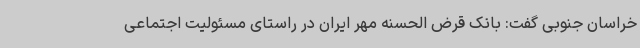
خراسان جنوبی گفت: بانک قرض الحسنه مهر ایران در راستای مسئولیت اجتماعی